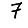
Digit: 7